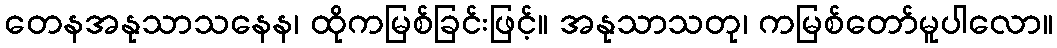
တေနအနုသာသနေန၊ ထိုကမြစ်ခြင်းဖြင့်။ အနုသာသတု၊ ကမြစ်တော်မူပါလော။